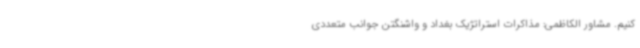
کنیم. مشاور الکاظمی: مذاکرات استراتژیک بغداد و واشنگتن جوانب متعددی